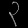
Digit: ၃